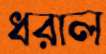
ধরাল